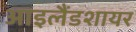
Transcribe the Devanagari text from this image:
आइलैंडशायर